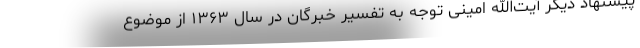
پیشنهاد دیگر آیت‌الله امینی توجه به تفسیر خبرگان در سال ۱۳۶۳ از موضوع